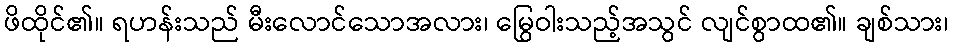
ဖိထိုင်၏။ ရဟန်းသည် မီးလောင်သောအလား၊ မြွေဝါးသည့်အသွင် လျင်စွာထ၏။ ချစ်သား၊